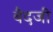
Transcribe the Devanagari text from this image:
बैदजी